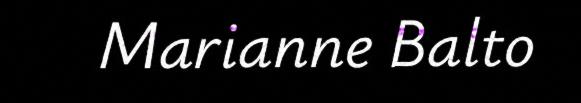
Marianne Balto